system: You are a helpful assistant.
user:
Analyze the provided spectrum to determine if it is a **M-type Giant (gM)**.

A M-type Giant spectrum is defined by its **strong molecular absorption** features, particularly from **Titanium Oxide (TiO)**. You must check for one of the following mutually exclusive signatures:

- **Key Visual Indicators (Absorption-Dominated Spectrum):**

    - **(Primary):** The spectrum is dominated by strong molecular absorption from **Titanium Oxide (TiO)**. This is the **defining feature** of its M-type temperature class.
        - **(Key Bandheads):** Look for sharp, "saw-tooth" absorption valleys. The strongest are located near **~7050 Å**, **~6160 Å**, and **~5170 Å**.
        - **(Line Profile):** The "saw-tooth" morphology is critical: a **sharp, steep drop on the BLUE (short-wavelength) side** of the bandhead, followed by a gradual recovery (rising flux) towards the RED (long-wavelength) side.

    - **(Key Confirmation - Giant vs. Dwarf):** **ABSENCE** of strong **Calcium Hydride (CaH)** molecular bands. This is the primary diagnostic for *excluding* M-dwarfs.
        - **(Key Region):** The spectrum should lack the strong, broad absorption band seen in dwarfs between **~6800 Å and ~7000 Å**.

    - **(Secondary Confirmation - Giant):** A very strong and broad **Neutral Calcium (Ca I)** atomic absorption line.
        - **(Key Line):** Located at **~4226 Å**. In a giant (gM), this line is significantly deeper and broader than the same line in an M-dwarf (dM) due to low surface gravity.

    - **(Overall Spectrum):**
        - The continuum is **extremely red-sloping** (i.e., flux is very low in the blue and rises dramatically towards the red).
        - The entire spectrum appears "chopped up" by the deep TiO bands.

Think first, call **spectral_visualization_tool** if needed to examine features in detail, then provide your final answer. Your response must adhere to the following strict rules:
1.  **Overall Structure:** Your response must follow the format `<think>...</think> <tool_call>...</tool_call> (if a tool is used) <answer>...</answer>`.
2.  **Tool Usage Constraint:** You may only make **one** tool call per turn.
3.  **Final Answer Format:** In the `<answer>` tag, your conclusion must be inside a `\boxed{}` command (e.g., `\boxed{YES}` or `\boxed{NO}`), followed by your justification.

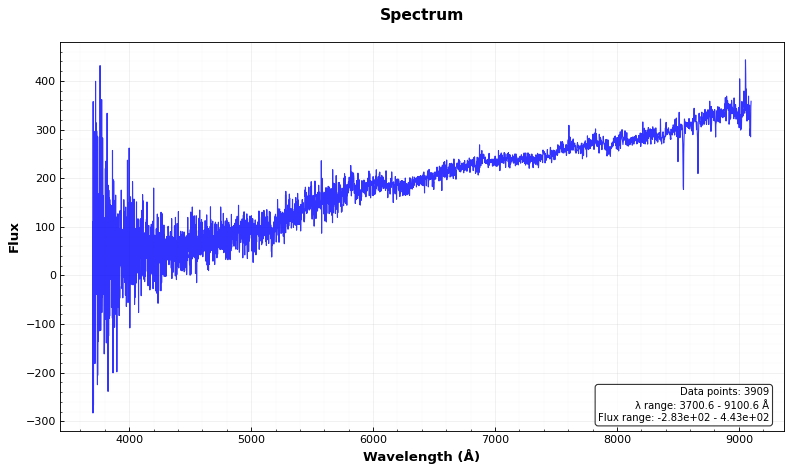
Answer: NO